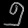
Digit: ၅